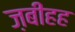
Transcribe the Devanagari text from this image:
ज़बीहह